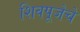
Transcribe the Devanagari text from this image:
शिवपूजेचे